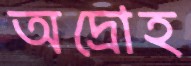
অদ্রোহ